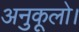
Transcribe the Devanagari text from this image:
अनुकूलो।